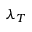
\lambda _ { T }